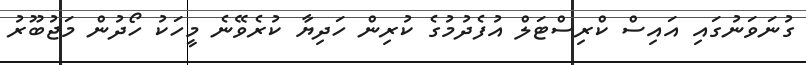
ގުނަވަނުގައި އައިސް ކްރިސްޓަލް އުފެދުމުގެ ކުރިން ހަދިޔާ ކުރެވޭނެ މީހަކު ހޯދުން މަޖުބޫރު